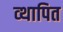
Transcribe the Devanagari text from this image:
व्थापित